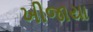
ખીજાયા